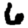
Digit: 6